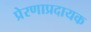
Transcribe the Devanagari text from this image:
प्रेरणाप्रदायक